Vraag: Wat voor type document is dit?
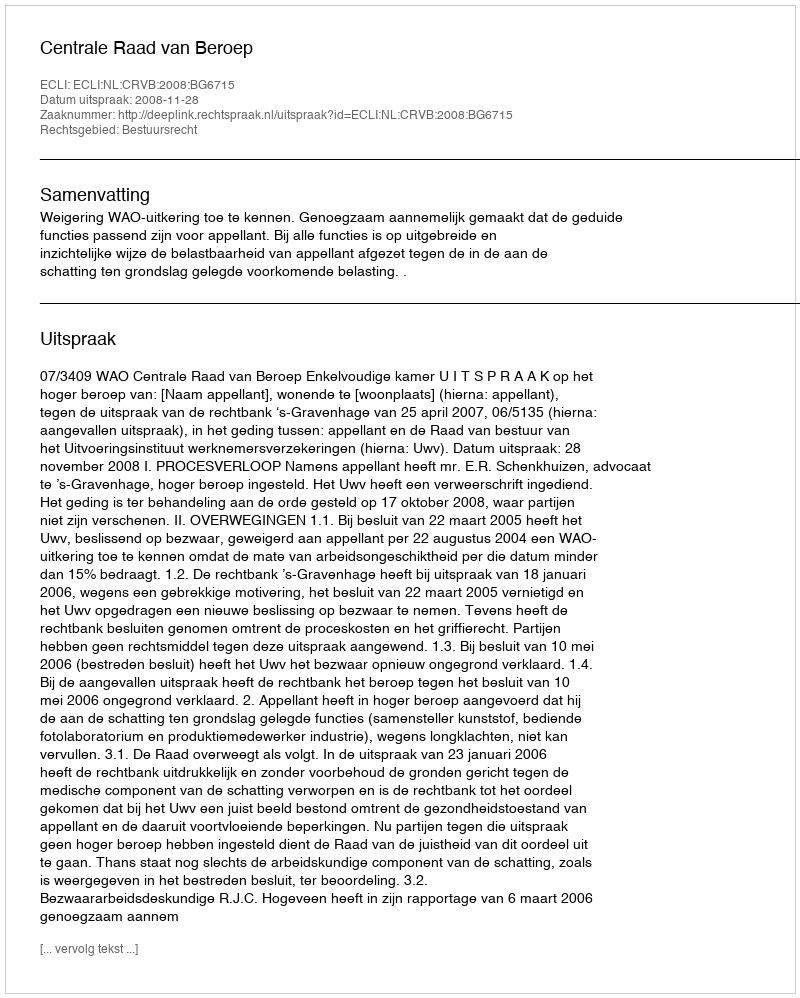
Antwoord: Uitspraak